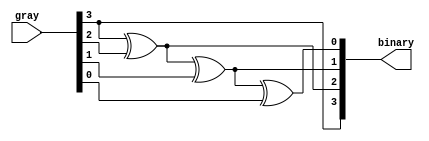
`timescale 1ns / 1ps
//////////////////////////////////////////////////////////////////////////////////
// Company: 
// Engineer: 
// 
// Design Name: 
// Module Name: graytobinary
// Project Name: 
// Target Devices: 
// Tool Versions: 
// Description: 
// 
// Dependencies: 
// 
// Revision:
// Revision 0.01 - File Created
// Additional Comments:
// 
//////////////////////////////////////////////////////////////////////////////////


module graytobinary(
    output [3:0] binary,
    input [3:0] gray);
    assign binary[3] = gray[3];
    assign binary[2] = gray[3]^gray[2];
    assign binary[1] = gray[3]^gray[2]^gray[1];
    assign binary[0] = gray[3]^gray[2]^gray[1]^gray[0];
endmodule